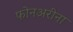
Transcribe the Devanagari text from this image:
फोनअरीना